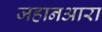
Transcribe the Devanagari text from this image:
जहानआरा